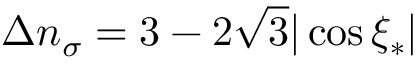
\Delta n _ { \sigma } = 3 - 2 \sqrt { 3 } | \cos \xi _ { * } |